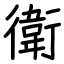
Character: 衛